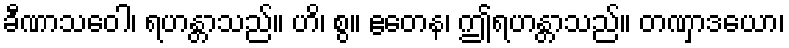
ခီဏာသဝေါ၊ ရဟန္တာသည်။ ဟိ၊ စွ။ ဧတေန၊ ဤရဟန္တာသည်။ တဏှာဒယော၊